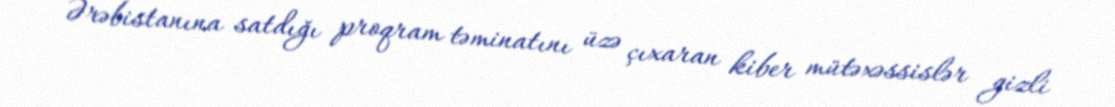
Ərəbistanına satdığı proqram təminatını üzə çıxaran kiber mütəxəssislər gizli